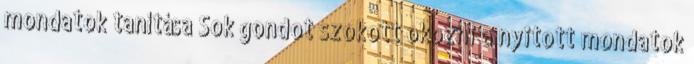
mondatok tanítása Sok gondot szokott okozni a nyitott mondatok